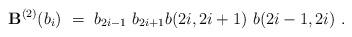
LaTeX: \begin{align*}{\bf B}^{(2)}(b_i)~=~b_{2i-1}~b_{2i+1}b(2i,2i+1)~b(2i-1,2i)~.\end{align*}